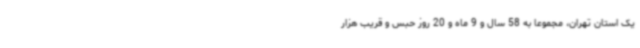
یک استان تهران، مجموعا به 58 سال و 9 ماه و 20 روز حبس و قریب هزار